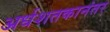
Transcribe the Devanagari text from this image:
अर्धशतकानंतर